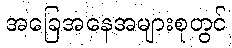
အခြေအနေအများစုတွင်